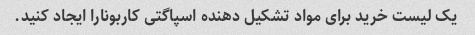
یک لیست خرید برای مواد تشکیل دهنده اسپاگتی کاربونارا ایجاد کنید.